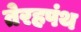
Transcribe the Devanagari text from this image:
तेरहपंथ